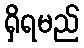
ရှိရမည်